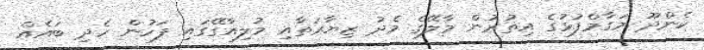
ކެންދޫ މަގާމްފުޅުގެ އިތުރުން މާލޭގެ މެދު ޒިޔާރަތާއި މުލިއާގޭގައި ފަހުން ހެދި ބައެއް